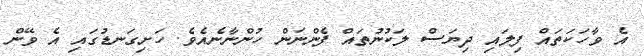
އެ ވާހަކަތައް ފިލައި ދިޔަސް ލަކުނުތައް ފެންނަން ހުންނާނެއެވެ. ހަށިގަނޑުގައި އެ ވޭން